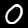
Digit: 0